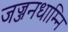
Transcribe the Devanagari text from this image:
जज्जनधाम्नि